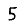
Digit: 5